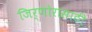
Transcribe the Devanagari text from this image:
जिर्णोरासाठी